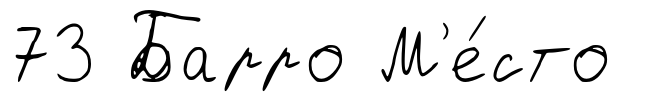
73 Барро М'е́сто